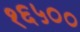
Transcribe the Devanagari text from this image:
१६५००